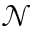
\mathcal { N }